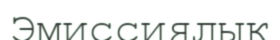
Эмиссиялық